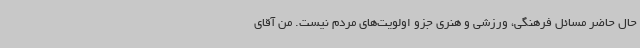
حال حاضر مسائل فرهنگی، ورزشی و هنری جزو اولویت‌های مردم نیست. من آقای